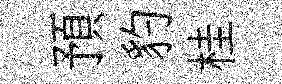
預豹桂